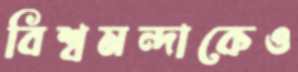
বিশ্বমন্দাকেও